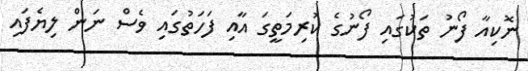
ނޮކިއާ ފޯނު ތަކުގައި ފޯނުގެ ކުރިމަތީގަ އާއި ފަހަތުގައި ވެސް ނަން ލިޔެފައި